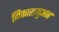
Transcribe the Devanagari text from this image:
निकारागुअन